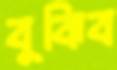
বুঝিব